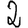
Digit: 2